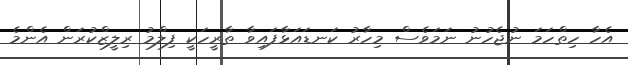
އެހާ ހިތްހަމަ ނުޖެހުނު ނަމަވެސް މިހާރު ކަނޑައަޅާފައިވާ ތާރީހަކީ ފިލްމު ރިލީޒްކުރަން އެންމެ